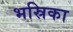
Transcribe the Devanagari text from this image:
भस्रिका